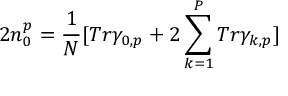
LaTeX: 2 n _ { 0 } ^ { p } = \frac { 1 } N [ T r \gamma _ { 0 , p } + 2 \sum _ { k = 1 } ^ { P } T r \gamma _ { k , p } ]